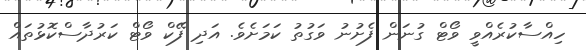
ހިއްސާކުރެއްވީ ވޯޓް ގުނަން ފެށުނު ވަގުތު ކަމަށެވެ. އަދި ފޭކް ވޯޓް ކަރުދާސްކޮޅުތައް